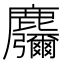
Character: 𱋂